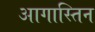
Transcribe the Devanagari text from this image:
आगास्तिन